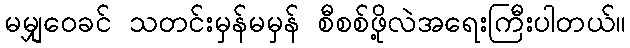
မမျှဝေခင် သတင်းမှန်မမှန် စီစစ်ဖို့လဲအရေးကြီးပါတယ်။